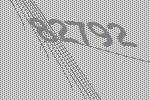
82792